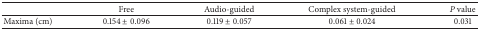
|  | Free | Audio-guided | Complex system-guided | P value |
 | --- | --- | --- | --- | --- |
 | Maxima (cm) | 0.154 ± 0.096 | 0.119 ± 0.057 | 0.061 ± 0.024 | 0.031 |